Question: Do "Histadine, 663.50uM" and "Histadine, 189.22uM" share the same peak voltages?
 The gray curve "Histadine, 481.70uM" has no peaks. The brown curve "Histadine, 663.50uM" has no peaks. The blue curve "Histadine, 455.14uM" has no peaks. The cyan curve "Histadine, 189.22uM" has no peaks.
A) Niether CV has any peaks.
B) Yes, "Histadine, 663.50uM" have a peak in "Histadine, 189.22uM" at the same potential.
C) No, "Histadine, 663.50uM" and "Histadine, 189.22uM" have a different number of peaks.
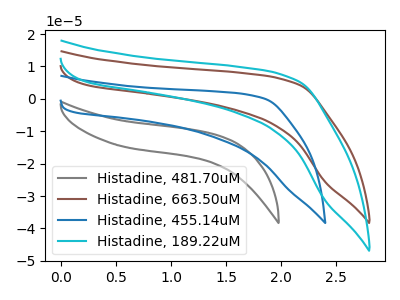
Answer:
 <answer>A) Niether CV has any peaks.</answer>
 <eval>A</eval>